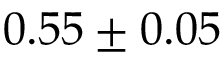
0 . 5 5 \pm 0 . 0 5